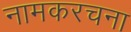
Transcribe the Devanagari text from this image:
नामकरचना